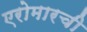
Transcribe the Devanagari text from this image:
एरोमारची